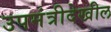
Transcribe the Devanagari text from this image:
उपमंत्रीदेखील